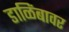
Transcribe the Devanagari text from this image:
डाळिंबावर